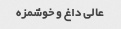
عالی داغ و خوشمزه